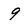
Character: 9